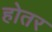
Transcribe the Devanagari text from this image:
होतर